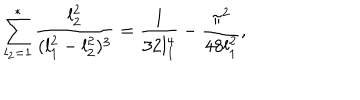
\sum _ { l _ { 2 } = 1 } ^ { * } { \frac { l _ { 2 } ^ { 2 } } { ( l _ { 1 } ^ { 2 } - l _ { 2 } ^ { 2 } ) ^ { 3 } } } = { \frac { 1 } { 3 2 l _ { 1 } ^ { 4 } } } - { \frac { \pi ^ { 2 } } { 4 8 l _ { 1 } ^ { 2 } } } ,